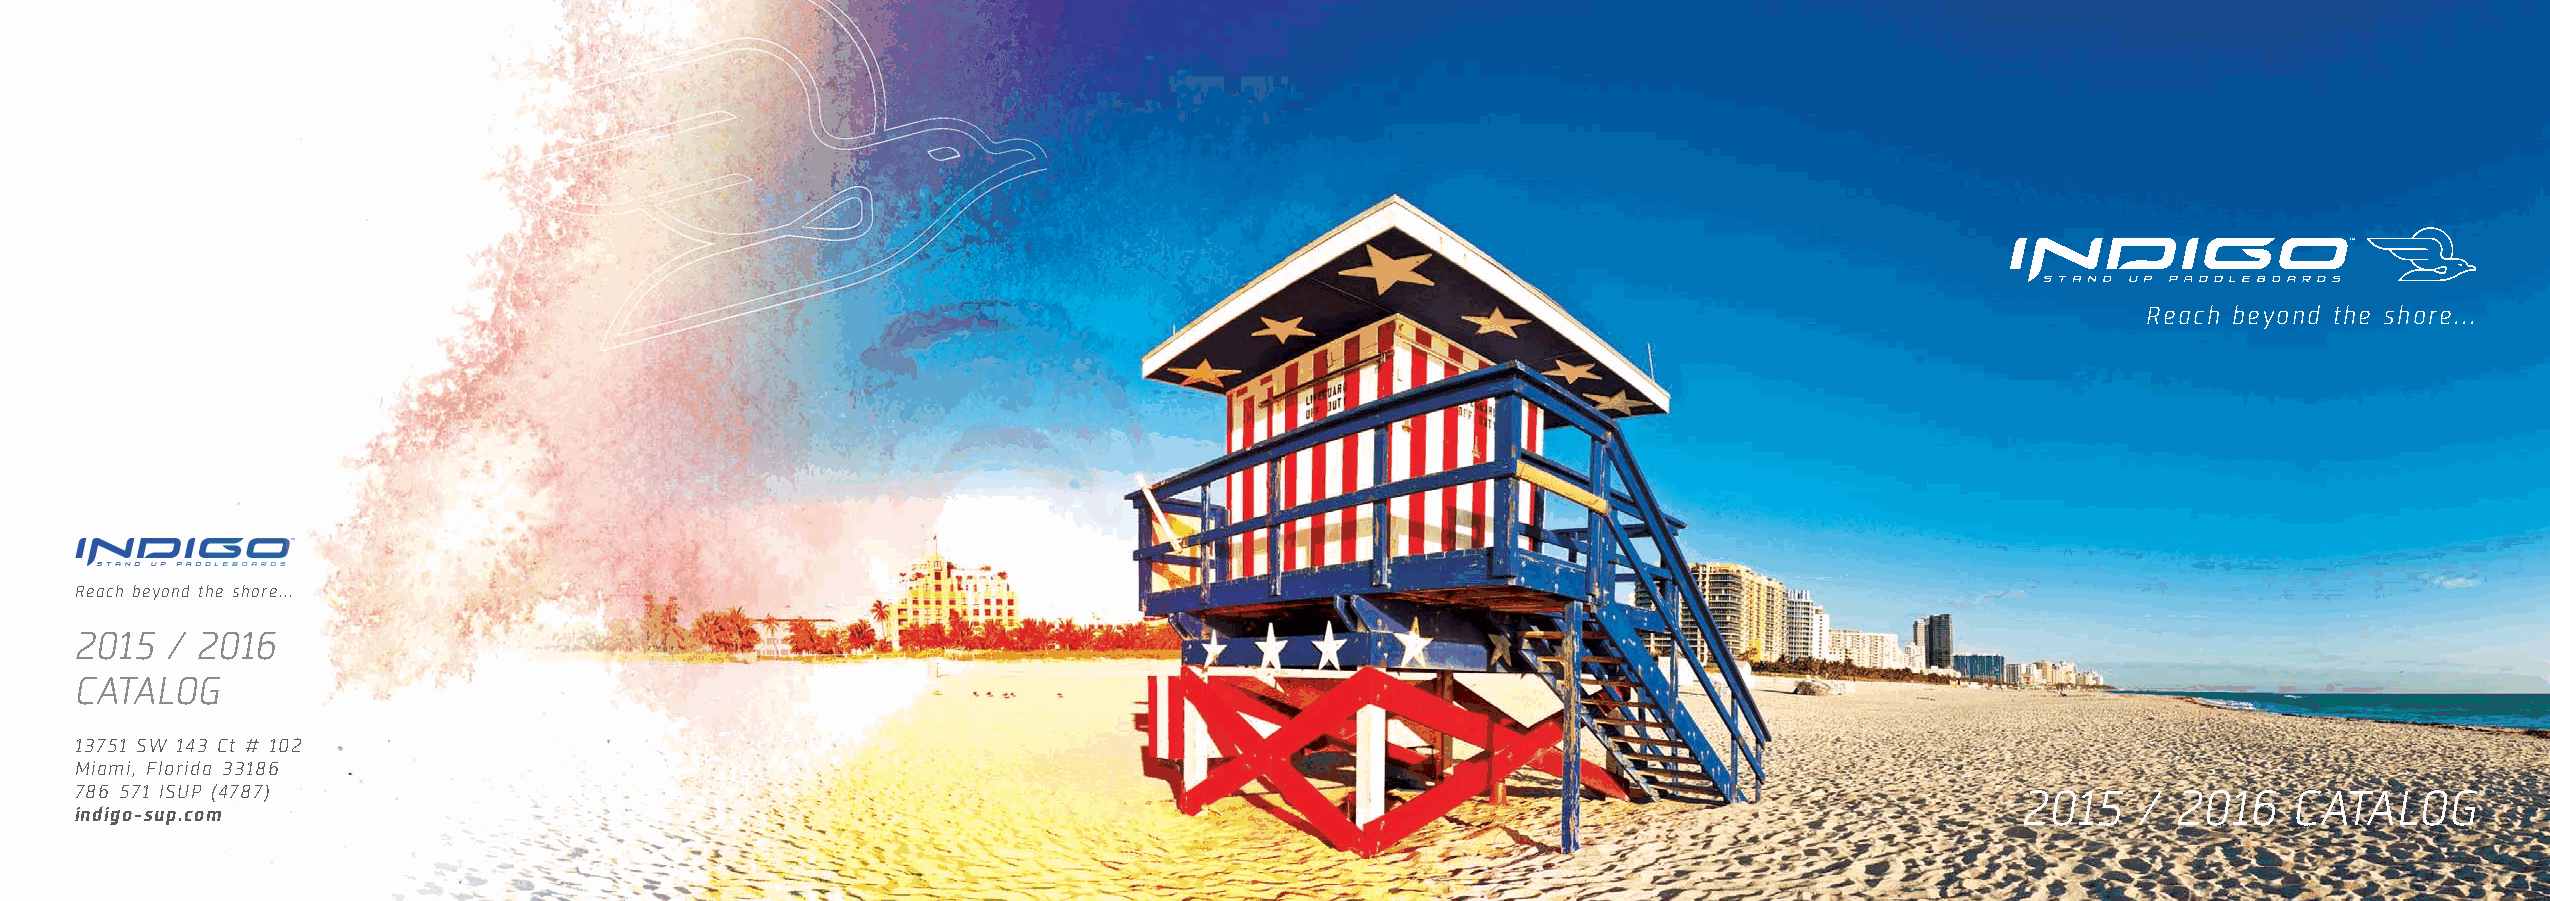
Reach beyond the shore...
 Reach beyond the shore...
 2015  / 2016
 CATALOG
 13751 SW 143 Ct # 102
 Miami, Florida 33186
 786 571 ISUP (4787)                                                                                                              2015    / 2016    CATALOG
 indigo-sup.com